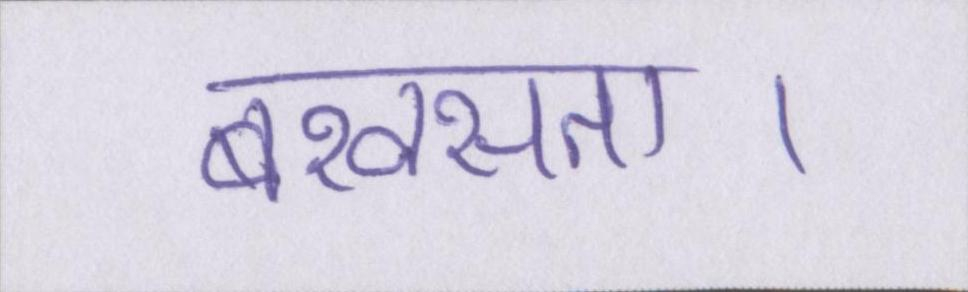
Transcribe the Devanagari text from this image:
बखसता।